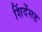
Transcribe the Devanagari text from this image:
शिंदेंसह